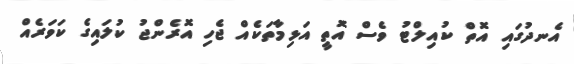
އެނދުގައި އޮތް ކުއިލްޓު ވެސް އޮތީ އަޅިމާތަކެއް ޖެހި އޮރެންޖު ކުލައިގެ ކަވަރެއް